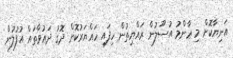
އަނިޔާކޮށް މި ޢާންމު އުސޫލުން ރައްޔިތުން ހިފައި ހައްޔަރުކޮށް ދޮގު ދަޢުވާތައް އުފުލުން